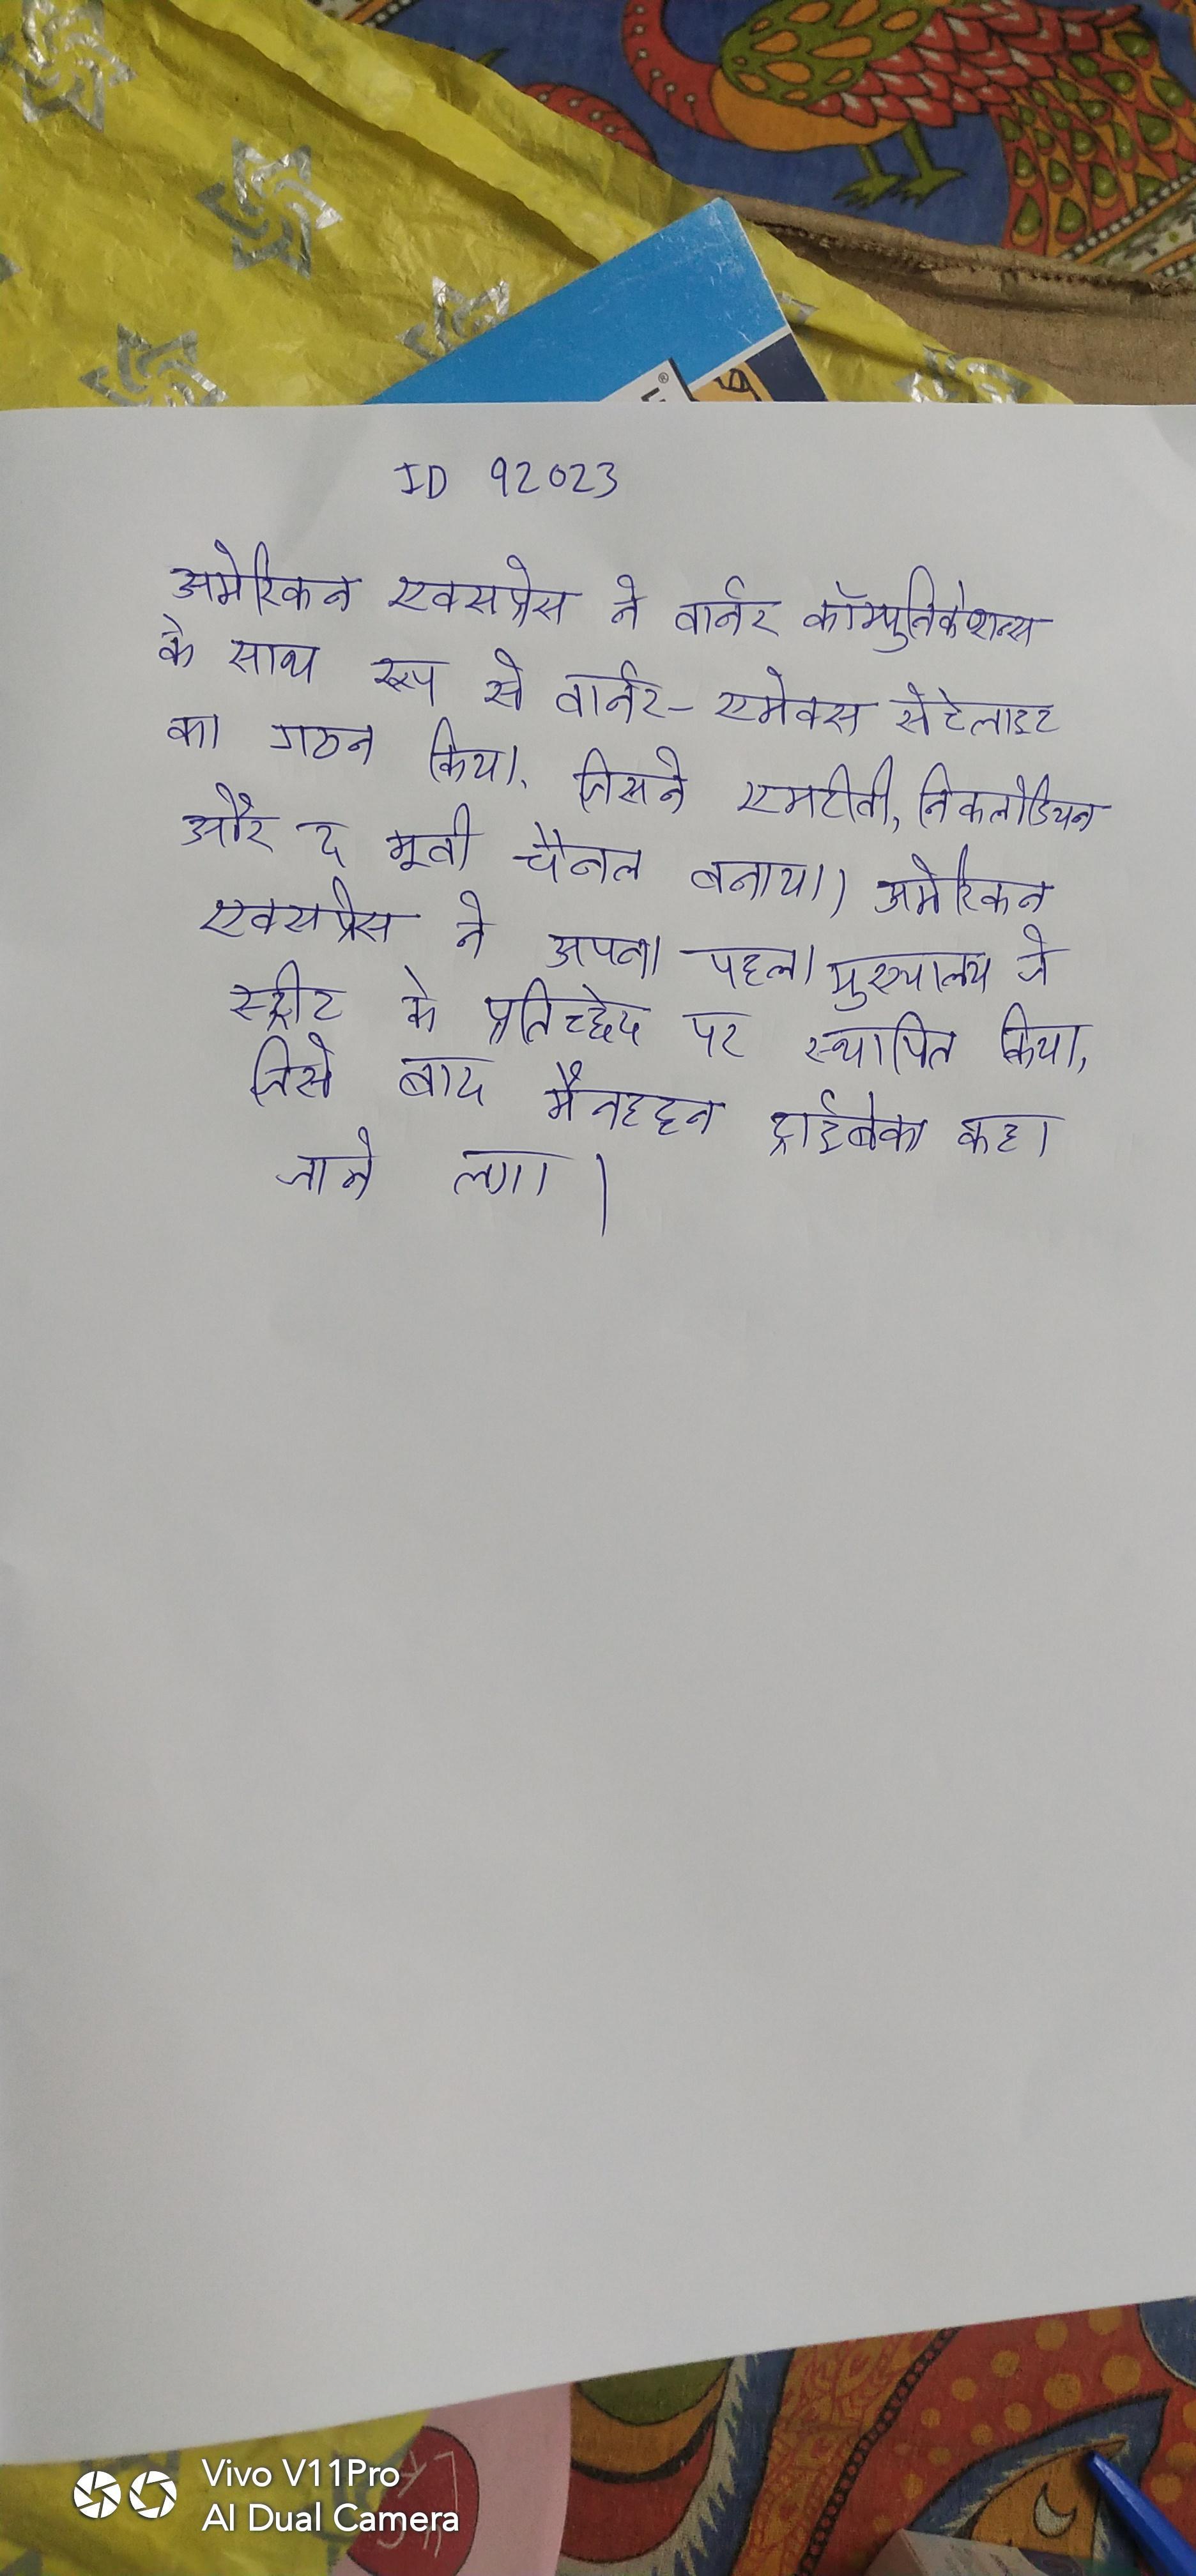
अमेरिकन एक्सप्रेस ने वार्नर कॉम्युनिकेशन्स के साथ रूप से वार्नर-एमेक्स सेटेलाइट का गठन किया, जिसने एमटीवी, निकलोडियन और द मूवी चैनल बनाया । अमेरिकन एक्सप्रेस ने अपना पहला मुख्यालय जे स्ट्रीट और हडसन स्ट्रीट के प्रतिच्छेद पर स्थापित किया, जिसे बाद मैनहट्टन के ट्राईबेका कहा जाने लगा ।